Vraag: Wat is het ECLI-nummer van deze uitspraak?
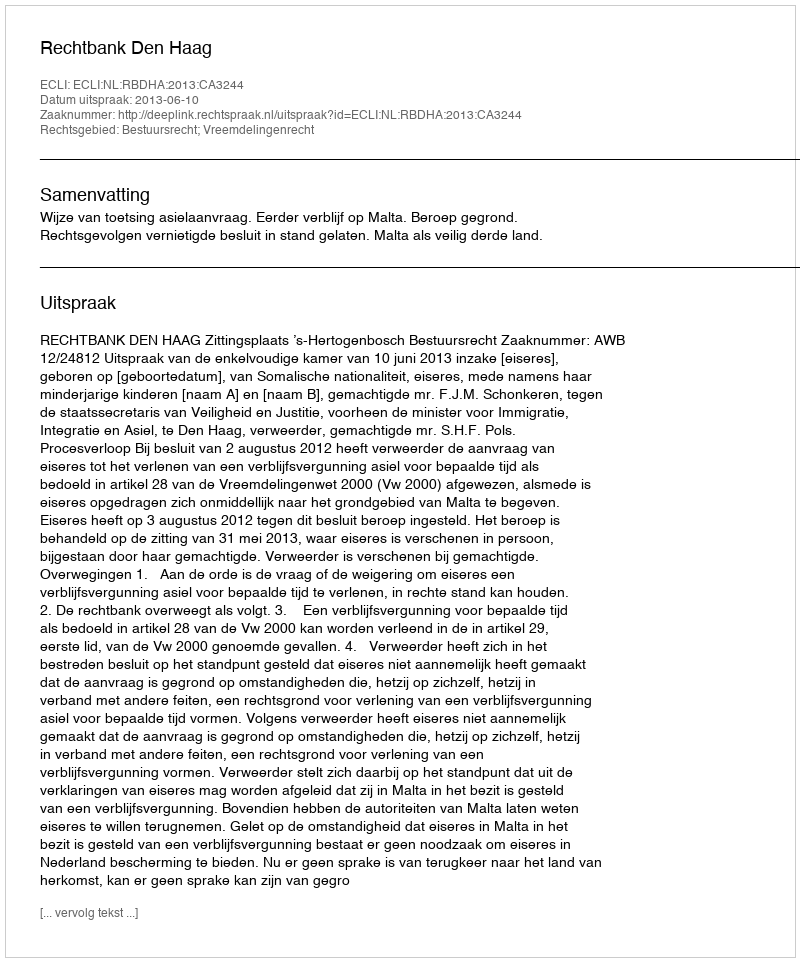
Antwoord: ECLI:NL:RBDHA:2013:CA3244